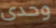
وحدى